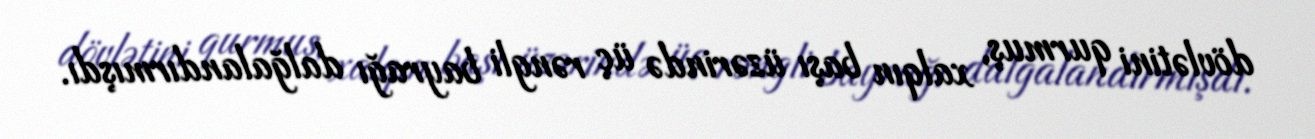
dövlətini qurmuş, xalqın başı üzərində üç rəngli bayrağı dalğalandırmışdı.